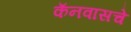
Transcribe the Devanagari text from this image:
कॅनवासचे